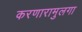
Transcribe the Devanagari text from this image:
करणारामुलगा